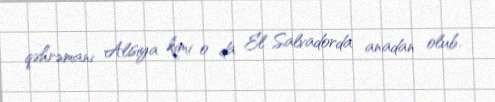
qəhrəmanı Alisiya kimi o da El Salvadorda anadan olub.